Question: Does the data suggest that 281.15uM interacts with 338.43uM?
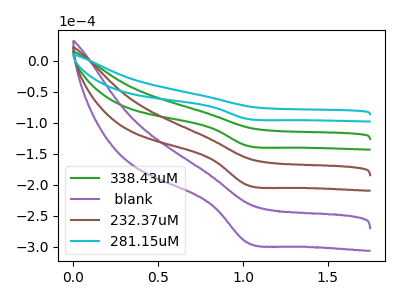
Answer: <think>The green curve "338.43uM" has a cathodic peak at: (1.00V, -137.00uA). The purple curve " blank" has a cathodic peak at: (1.00V, -410.95uA). The brown curve "232.37uM" has a cathodic peak at: (1.00V, -273.95uA). The cyan curve "281.15uM" has a cathodic peak at: (1.00V, -93.65uA).
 All the peaks in "281.15uM" have a peak in "338.43uM" at the same potential. Every peak in "281.15uM" is lower than every peak in "338.43uM".</think>
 <answer>No, "281.15uM" and "338.43uM" don't appear to be significantly different in shape</answer>
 <eval>no_change</eval>